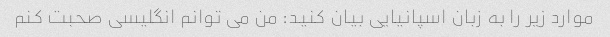
موارد زیر را به زبان اسپانیایی بیان کنید: من می توانم انگلیسی صحبت کنم